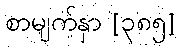
စာမျက်နှာ [၃၈၅]